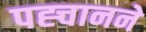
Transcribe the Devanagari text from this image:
पह्चानने